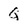
Character: q